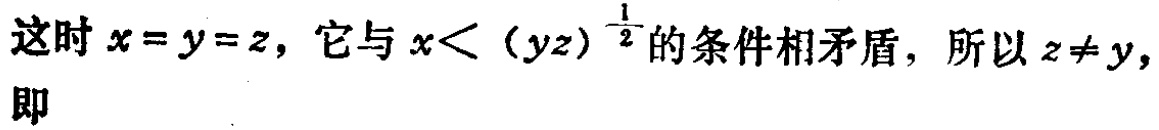
这时\(x = y = z\)，它与\(x<(yz)^{\frac{1}{2}}\)的条件相矛盾，所以\(z\neq y\)，即